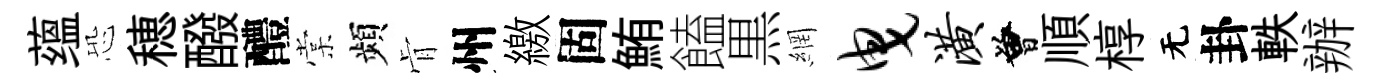
蕴恐穂醱醴棠頻肻州繳固鮪饁黒網曳潢曾順椁无卦軼辦